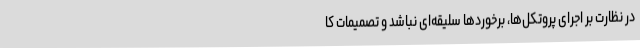
در نظارت بر اجرای پروتکل‌ها، برخوردها سلیقه‌ای نباشد و تصمیمات کا